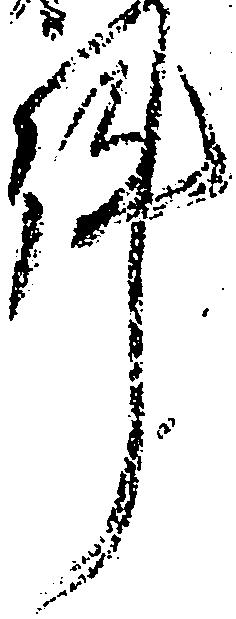
件